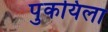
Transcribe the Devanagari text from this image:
पुकयिला